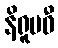
နိရူပဓီ